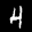
Label: 4